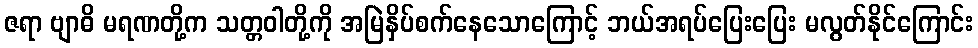
ဇရာ ဗျာဓိ မရဏတို့က သတ္တဝါတို့ကို အမြဲနှိပ်စက်နေသောကြောင့် ဘယ်အရပ်ပြေးပြေး မလွတ်နိုင်ကြောင်း